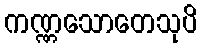
ကဏ္ဏသောတေသုပိ